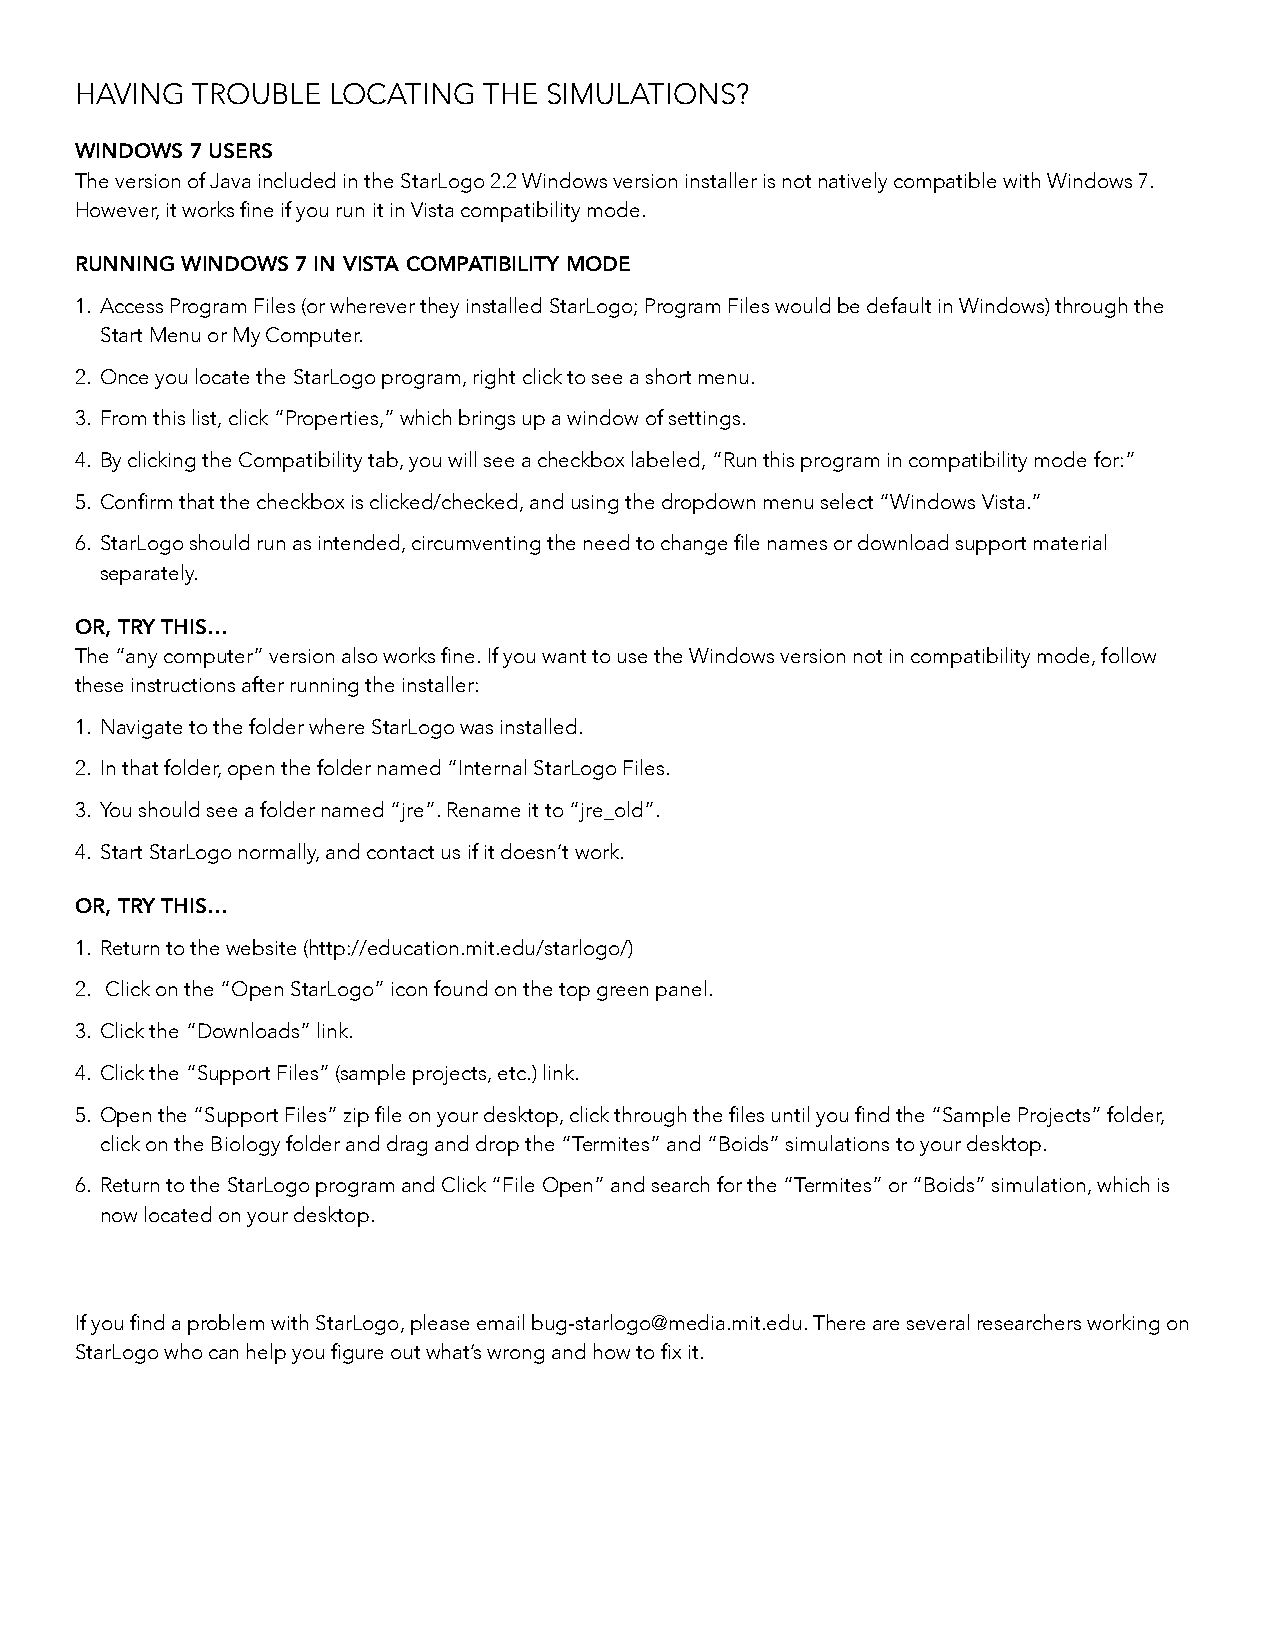
HAVING  TROUBLE  LOCATING  THE SIMULATIONS?
 winDows 7 users
 The version of Java included in the StarLogo 2.2 Windows version installer is not natively compatible with Windows 7.
 However, it works fine if you run it in Vista compatibility mode.
 running winDows 7 in vistA compAtibility moDe
 1. access program Files (or wherever they installed starlogo; program Files would be default in Windows) through the
 start menu or my Computer.
 2. once you locate the starlogo program, right click to see a short menu.
 3. From this list, click “properties,” which brings up a window of settings.
 4. By clicking the Compatibility tab, you will see a checkbox labeled, “run this program in compatibility mode for:”
 5. Confirm that the checkbox is clicked/checked, and using the dropdown menu select “Windows Vista.”
 6. StarLogo should run as intended, circumventing the need to change file names or download support material
 separately.
 or, try this…
 The “any computer” version also works fine. If you want to use the Windows version not in compatibility mode, follow
 these instructions after running the installer:
 1. navigate to the folder where starlogo was installed.
 2. in that folder, open the folder named “internal starlogo Files.
 3. You should see a folder named “jre”. Rename it to “jre_old”.
 4. start starlogo normally, and contact us if it doesn’t work.
 or, try this…
 1. return to the website (http://education.mit.edu/starlogo/)
 2. Click on the “open starlogo” icon found on the top green panel.
 3. Click the “downloads” link.
 4. Click the “support Files” (sample projects, etc.) link.
 5. Open the “Support Files” zip file on your desktop, click through the files until you find the “Sample Projects” folder,
 click on the Biology folder and drag and drop the “termites” and “Boids” simulations to your desktop.
 6. return to the starlogo program and Click “File open” and search for the “termites” or “Boids” simulation, which is
 now located on your desktop.
 If you find a problem with StarLogo, please email bug-starlogo@media.mit.edu. There are several researchers working on
 StarLogo who can help you figure out what’s wrong and how to fix it.